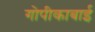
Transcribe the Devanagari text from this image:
गोपीकाबाई